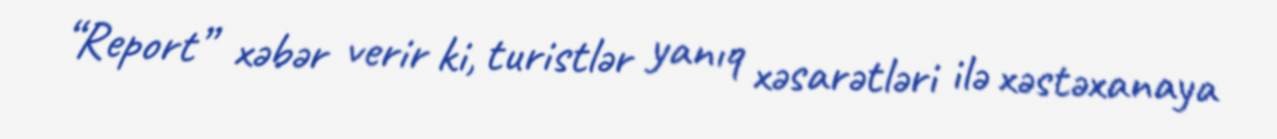
“Report” xəbər verir ki, turistlər yanıq xəsarətləri ilə xəstəxanaya